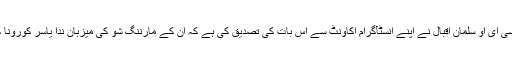
ادھر نجی چینل کے سی ای او سلمان اقبال نے اپنے انسٹآگرام اکاونٹ سے اس بات کی تصدیق کی ہے کہ ان کے مارننگ شو کی میزبان ندا یاسر کورونا کا شکار ہو گئی ہیں ۔